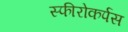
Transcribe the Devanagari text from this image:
स्फीरोकर्पस